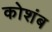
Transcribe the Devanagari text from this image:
कोशंब